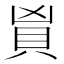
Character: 𬥑